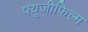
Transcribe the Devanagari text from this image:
फ्यूजीफिल्म